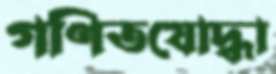
গণিতযোদ্ধা